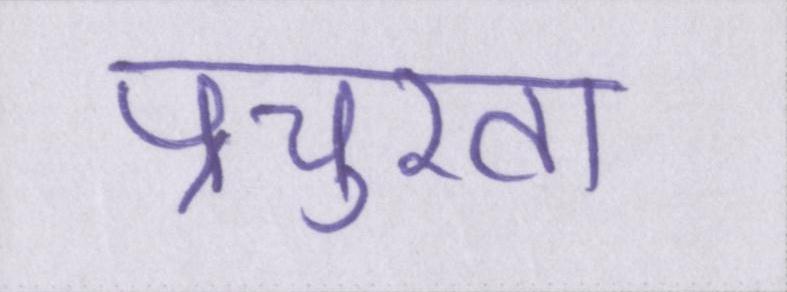
प्रचुरता